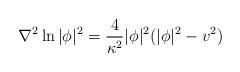
LaTeX: \begin{align*}\nabla^2 \ln |\phi|^2=\frac{4}{\kappa^2}|\phi|^2(|\phi|^2-v^2)\end{align*}